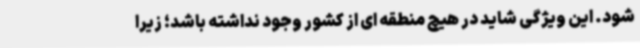
شود. این ویژگی شاید در هیچ منطقه ای از کشور وجود نداشته باشد؛ زیرا